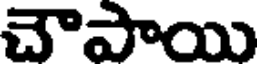
చౌపాయి